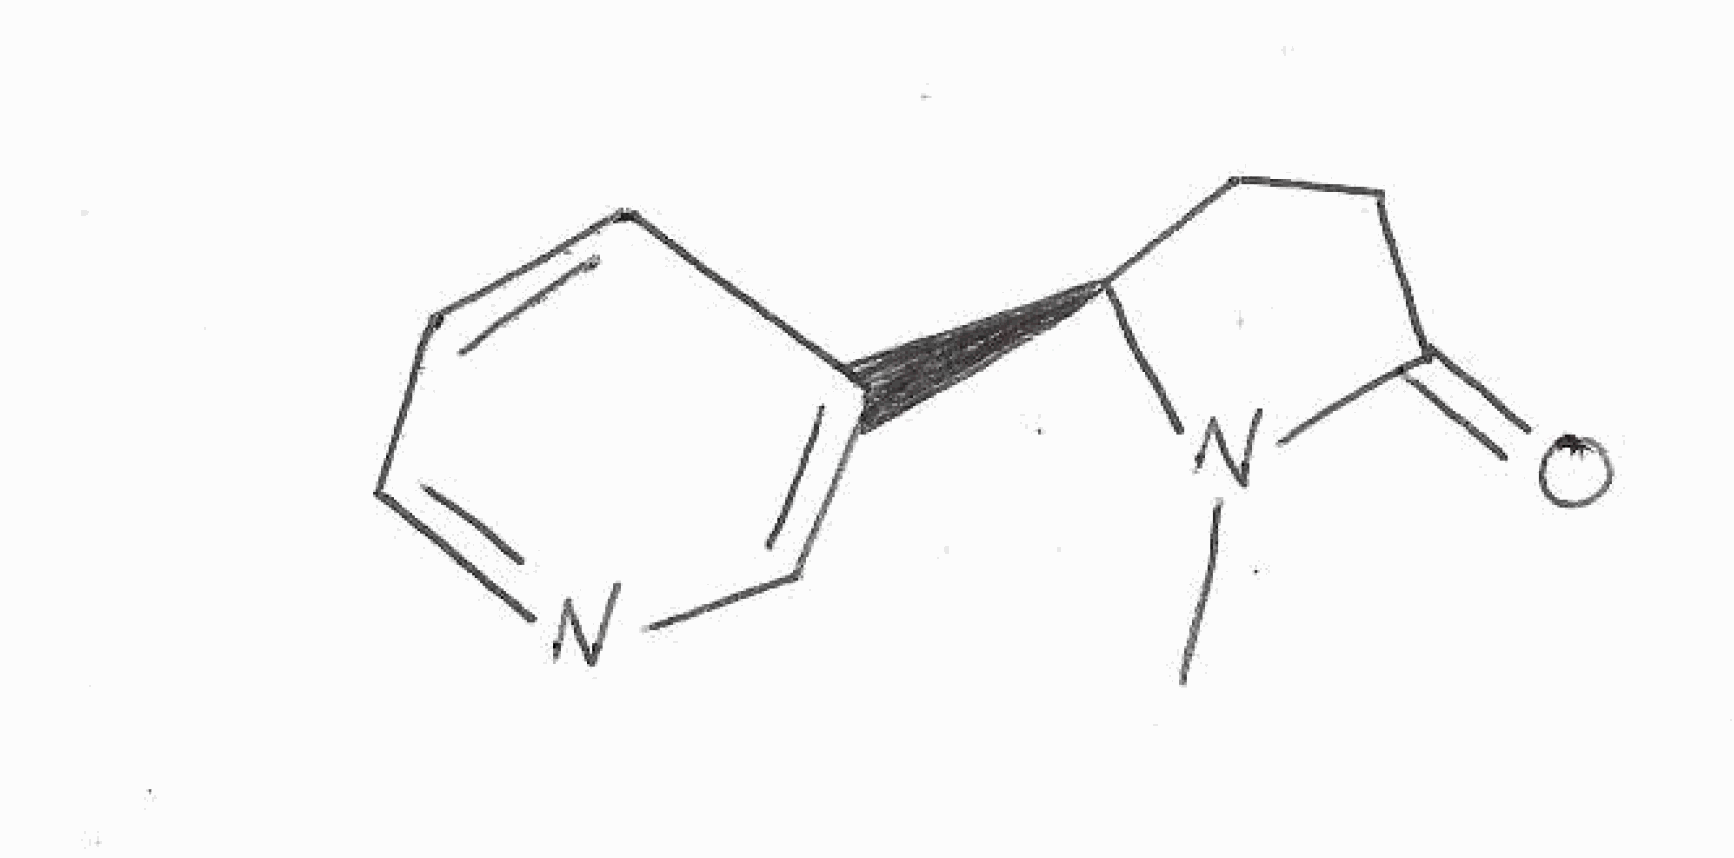
Simplified molecular-input line-entry system (SMILES) notation of the given molecule:
CN1[C@H](CCC1=O)C2=CN=CC=C2